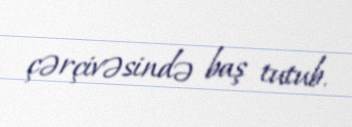
çərçivəsində baş tutub.